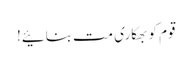
قوم کو بھکاری مت بنائیے!